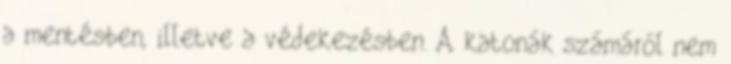
a mentésben, illetve a védekezésben. A katonák számáról nem